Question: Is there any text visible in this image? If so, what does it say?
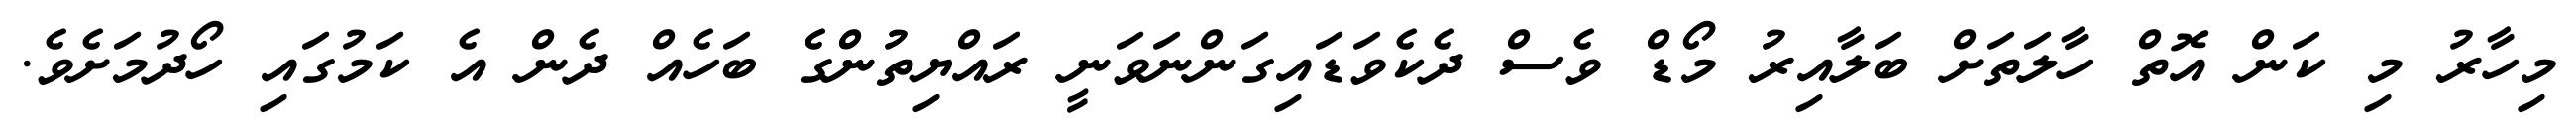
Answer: މިހާރު މި ކަން އޮތް ހާލަތަށް ބަލާއިރު މޯޑް ވެސް ދެކެވަޑައިގަންނަވަނީ ރައްޔިތުންގެ ބަހެއް ދެން އެ ކަމުގައި ހޯދުމަށެވެ.